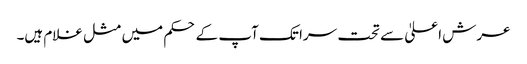
عرش اعلیٰ سے تحت سرا تک آپ کے حکم میں مثل غلام ہیں۔